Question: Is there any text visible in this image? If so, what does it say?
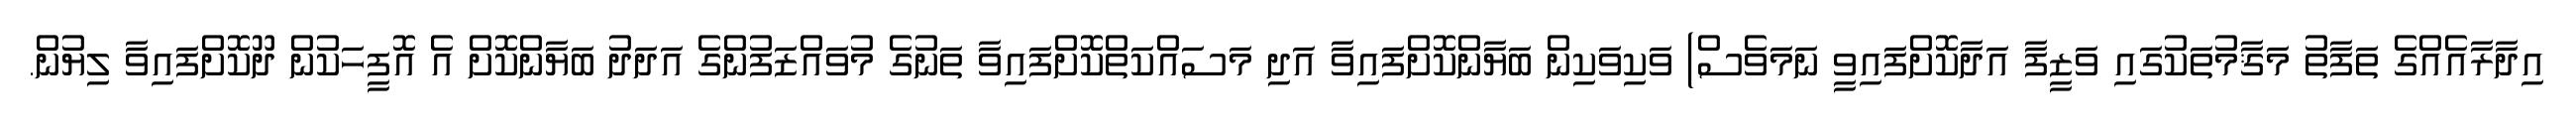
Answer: އިދާރާއެއްގެ ތަފާތު މަޤާމުތަކުގައި ވަޒީފާ އަދާކޮށްފައިވީ ނަމަވެސް) ވަކިވަކިން ބަޔާންކޮށްފައިވާ އަދި މަސައްކަތްކޮށްފައިވާ ތަނުގެ މުވައްޒަފުންގެ އަދަދު ބަޔާންކޮށް އެ އޮފީހަކުން ދޫކޮށްފައިވާ ލިޔުން.